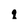
Character: q